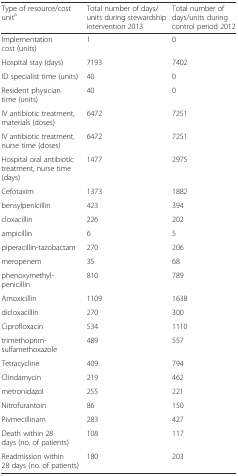
| Type of resource/cost unita | Total number of days/units during stewardship intervention 2013 | Total number of days/units during control period 2012 |
 | --- | --- | --- |
 | Implementation cost (units) | 1 | 0 |
 | Hospital stay (days) | 7193 | 7402 |
 | ID specialist time (units) | 40 | 0 |
 | Resident physician time (units) | 40 | 0 |
 | IV antibiotic treatment, materials (doses) | 6472 | 7251 |
 | IV antibiotic treatment, nurse time (doses) | 6472 | 7251 |
 | Hospital oral antibiotic treatment, nurse time (days) | 1477 | 2975 |
 | Cefotaxim | 1373 | 1882 |
 | bensylpenicillin | 423 | 394 |
 | cloxacillin | 226 | 202 |
 | ampicillin | 6 | 5 |
 | piperacillin-tazobactam | 270 | 206 |
 | meropenem | 35 | 68 |
 | phenoxymethyl-penicillin | 810 | 789 |
 | Amoxicillin | 1109 | 1638 |
 | dicloxacillin | 270 | 300 |
 | Ciprofloxacin | 534 | 1110 |
 | trimethoprim-sulfamethoxazole | 489 | 557 |
 | Tetracycline | 409 | 794 |
 | Clindamycin | 219 | 462 |
 | metronidazol | 255 | 221 |
 | Nitrofurantoin | 86 | 150 |
 | Pivmecillinam | 283 | 427 |
 | Death within 28 days (no. of patients) | 108 | 117 |
 | Readmission within 28 days (no. of patients) | 180 | 203 |